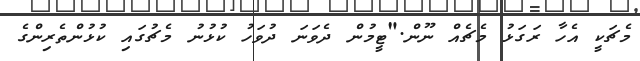
މެޗަކީ އެހާ ރަގަޅު މެޗެއް ނޫން."ޓީމުން ދެވަނަ ދުވަހު ކުޅުނު މެޗުގައި ކުޅުންތެރިންގެ